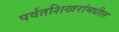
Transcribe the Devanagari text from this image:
पर्वतशिखरांमधील